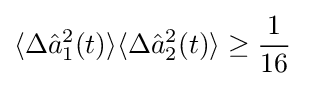
\langle \Delta {\hat {a}}_{1}^{2}(t)\rangle \langle \Delta {\hat {a}}_{2}^{2}(t)\rangle \geq {\frac {1}{16}}\